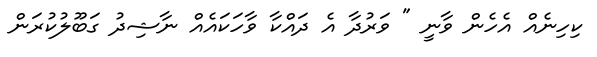
ކިހިނެއް އެހެން ވާނީ " ވަރުދާ އެ ދައްކާ ވާހަކައެއް ނާޝިދު ގަބޫލުކުރަން